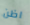
اظن